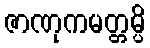
ဇာဏုကမတ္တမ္ပိ